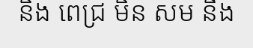
និង ពេជ្រ មិន សម នឹង